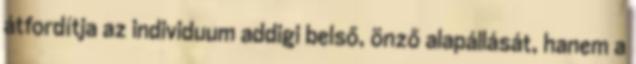
átfordítja az individuum addigi belső, önző alapállását, hanem a